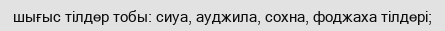
шығыс тілдер тобы: сиуа, ауджила, сохна, фоджаха тілдері;